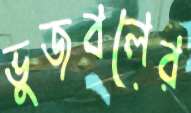
ভুজবলের